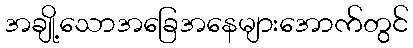
အချို့သောအခြေအနေများအောက်တွင်